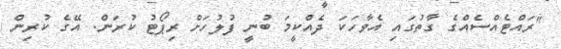
"ރައްޓެއްސެއްގެ ގާތުގައި އެވާހަކަ ދެއްކީމަ ބުނީ ފުލުހަށް ރިޕޯޓު ކުރަން. އޭގެ ކުރިން